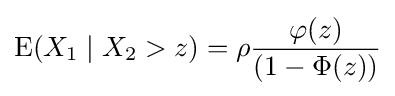
\operatorname {E} (X_{1}\mid X_{2}>z)=\rho {\varphi (z) \over (1-\Phi (z))}